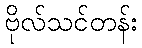
ဗိုလ်သင်တန်း